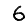
Digit: 6